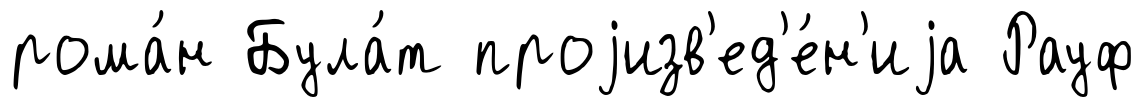
рома́н Була́т проjизв'ед'е́н'иjа Рауф